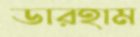
ডারহাম